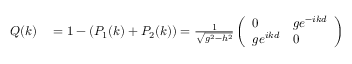
\begin{array} { r l } { Q ( k ) } & { { } = 1 - \left( P _ { 1 } ( k ) + P _ { 2 } ( k ) \right) = \frac { 1 } { \sqrt { g ^ { 2 } - h ^ { 2 } } } \left( \begin{array} { l l } { 0 } & { g e ^ { - i k d } } \\ { g e ^ { i k d } } & { 0 } \end{array} \right) } \end{array}